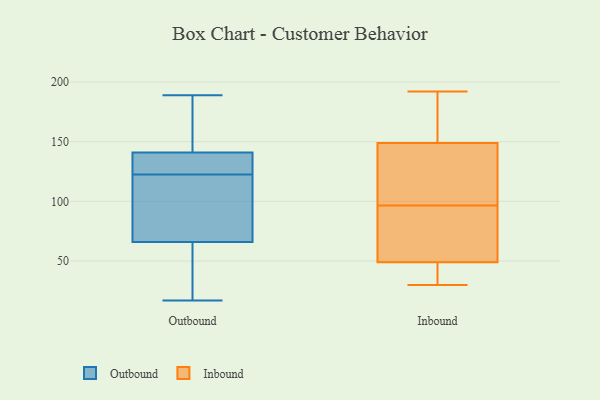
{"axis": {"x": "Net Income (USD K)", "y": "Value"}, "legend": ["Inbound", "Outbound"], "data": [{"x": "", "y": 159, "type": "Outbound"}, {"x": "", "y": 189, "type": "Outbound"}, {"x": "", "y": 130, "type": "Outbound"}, {"x": "", "y": 78, "type": "Outbound"}, {"x": "", "y": 145, "type": "Outbound"}, {"x": "", "y": 36, "type": "Outbound"}, {"x": "", "y": 134, "type": "Outbound"}, {"x": "", "y": 115, "type": "Outbound"}, {"x": "", "y": 54, "type": "Outbound"}, {"x": "", "y": 17, "type": "Outbound"}, {"x": "", "y": 137, "type": "Outbound"}, {"x": "", "y": 84, "type": "Outbound"}, {"x": "", "y": 70, "type": "Inbound"}, {"x": "", "y": 125, "type": "Inbound"}, {"x": "", "y": 61, "type": "Inbound"}, {"x": "", "y": 30, "type": "Inbound"}, {"x": "", "y": 49, "type": "Inbound"}, {"x": "", "y": 149, "type": "Inbound"}, {"x": "", "y": 157, "type": "Inbound"}, {"x": "", "y": 123, "type": "Inbound"}, {"x": "", "y": 38, "type": "Inbound"}, {"x": "", "y": 192, "type": "Inbound"}]}